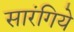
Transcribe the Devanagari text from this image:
सारंगिये